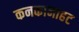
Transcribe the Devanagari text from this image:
कनकानाहट